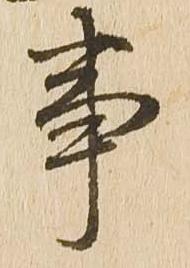
事